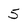
Character: 5